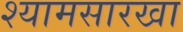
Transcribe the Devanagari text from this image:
श्यामसारखा